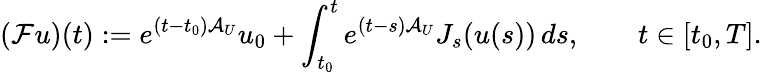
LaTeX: (\mathcal{F}u)(t):=e^{(t-t_{0})\mathcal{A}_{U}}u_{0}+\int_{t_{0}}^{t}e^{(t-s)\mathcal{A}_{U}}J_{s}(u(s))\, ds,\qquad t\in[t_{0},T].